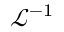
\displaystyle { \mathcal { L } } ^ { - 1 }